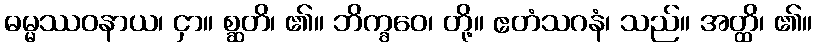
ဓမ္မဿဝနာယ၊ ငှာ။ စ္ဆတိ၊ ၏။ ဘိက္ခဝေ၊ တို့။ ဧတံသဂနံ၊ သည်။ အတ္ထိ၊ ၏။